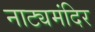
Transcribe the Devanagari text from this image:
नाट्यमंदिर